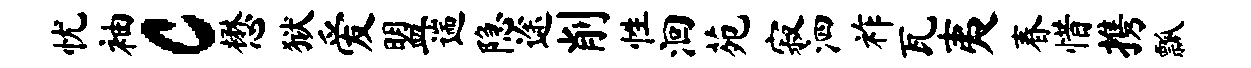
忧袖c懋狱爱盟遄隐途削性洄苑寂泗祚瓦夷春惜携瓢